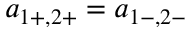
a _ { 1 + , 2 + } = a _ { 1 - , 2 - }